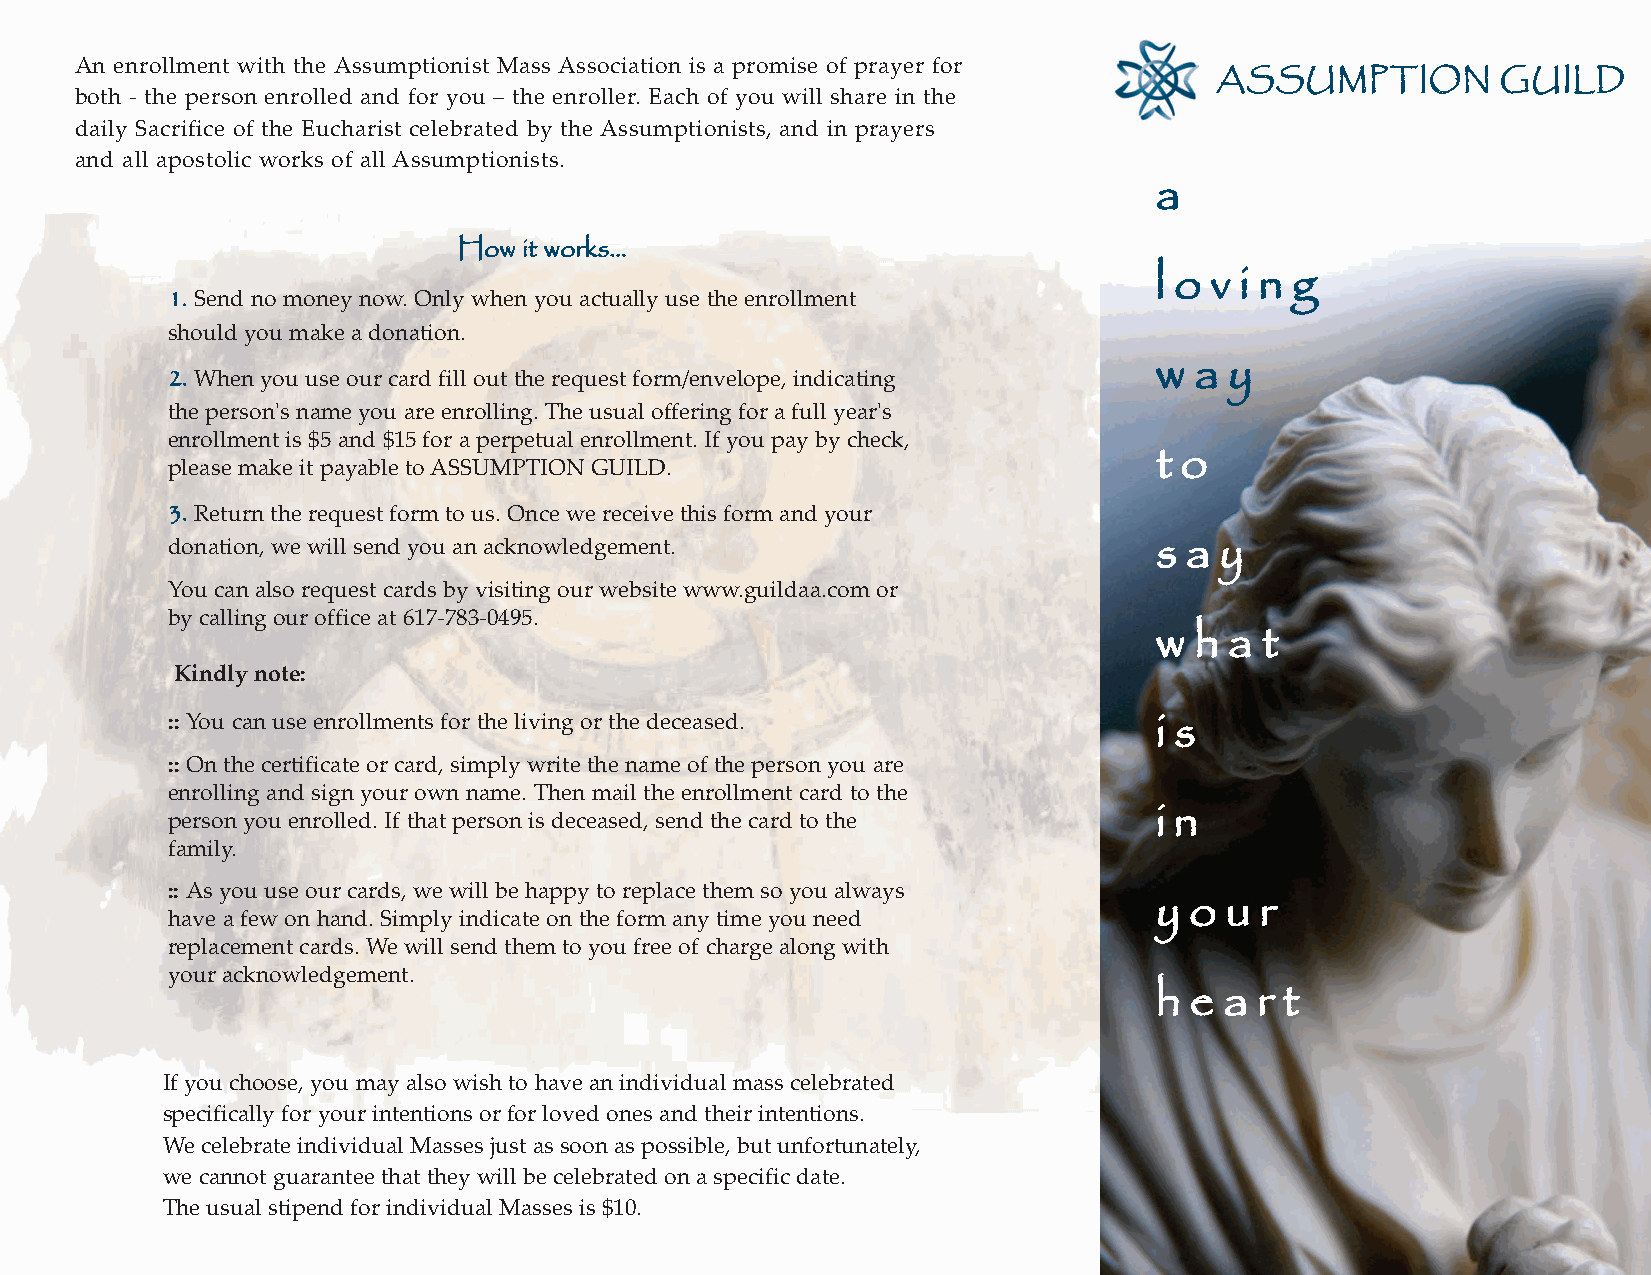
An enrollment with the Assumptionist Mass Association is a promise of prayer for
 AASSSSUUMMPPTTIIOONN GGUUIILLDD
 both - the person enrolled and for you – the enroller. Each of you will share in the
 daily Sacrifice of the Eucharist celebrated by the Assumptionists, and in prayers
 and all apostolic works of all Assumptionists.
 a
 HHooww iitt wwoorrkkss......
 l o v i n g
 1. Send no money now. Only when you actually use the enrollment
 should you make a donation.
 2. When you use our card fill out the request form/envelope, indicating w a y
 the person's name you are enrolling. The usual offering for a full year's
 enrollment is $5 and $15 for a perpetual enrollment. If you pay by check,
 please make it payable to ASSUMPTION GUILD.                      t o
 3. Return the request form to us. Once we receive this form and your
 donation, we will send you an acknowledgement.                   s a  y
 You can also request cards by visiting our website www.guildaa.com or
 by calling our office at 617-783-0495.
 w  h a t
 Kindly note:
 :: You can use enrollments for the living or the deceased.
 i s
 :: On the certificate or card, simply write the name of the person you are
 enrolling and sign your own name. Then mail the enrollment card to the
 person you enrolled. If that person is deceased, send the card to the i n
 family.
 :: As you use our cards, we will be happy to replace them so you always
 y  o u r
 have a few on hand. Simply indicate on the form any time you need
 replacement cards. We will send them to you free of charge along with
 your acknowledgement.
 h  e a r t
 If you choose, you may also wish to have an individual mass celebrated
 specifically for your intentions or for loved ones and their intentions.
 We celebrate individual Masses just as soon as possible, but unfortunately,
 we cannot guarantee that they will be celebrated on a specific date.
 The usual stipend for individual Masses is $10.